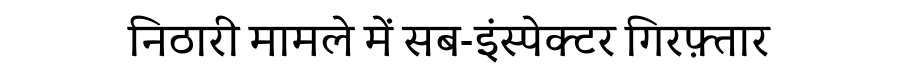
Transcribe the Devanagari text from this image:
निठारी मामले में सब-इंस्पेक्टर गिरफ़्तार